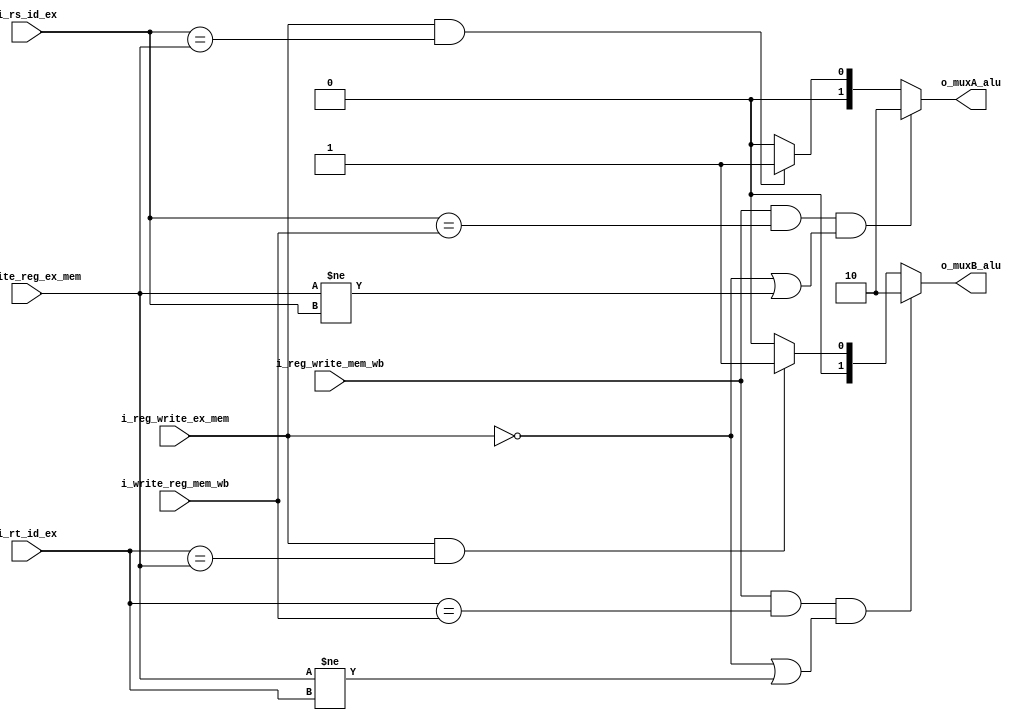
`timescale 1ns / 1ps
//////////////////////////////////////////////////////////////////////////////////
// Company: 
// Engineer: 
// 
// Design Name: 
// Module Name: unidad_cortocircuito
// Project Name: 
// Target Devices: 
// Tool Versions: 
// Description: 
// 
// Dependencies: 
// 
// Revision:
// Revision 0.01 - File Created
// Additional Comments:
// 
//////////////////////////////////////////////////////////////////////////////////


module unidad_cortocircuito
#(
    parameter LEN = 32,
    parameter NB_ADDRESS_REGISTROS=5  
)
(
    input [NB_ADDRESS_REGISTROS-1:0] i_rs_id_ex,
    input [NB_ADDRESS_REGISTROS-1:0] i_rt_id_ex,
    input [NB_ADDRESS_REGISTROS-1:0] i_write_reg_ex_mem,
    input [NB_ADDRESS_REGISTROS-1:0] i_write_reg_mem_wb, 
    input i_reg_write_ex_mem,
    input i_reg_write_mem_wb,
    output reg [1:0] o_muxA_alu,
    output reg [1:0] o_muxB_alu
);

    always @(*)
    begin
        if((i_reg_write_mem_wb==1'b1) & (i_rs_id_ex==i_write_reg_mem_wb) & (i_reg_write_ex_mem==1'b0 | i_write_reg_ex_mem!=i_rs_id_ex))
            o_muxA_alu = 2'b10;
        else if(i_reg_write_ex_mem==1'b1 & (i_rs_id_ex==i_write_reg_ex_mem))
            o_muxA_alu = 2'b01;
        else
            o_muxA_alu = 2'b00;
            
        if((i_reg_write_mem_wb==1'b1) & (i_rt_id_ex==i_write_reg_mem_wb) & (i_reg_write_ex_mem==1'b0 | i_write_reg_ex_mem!=i_rt_id_ex))
            o_muxB_alu = 2'b10;
        else if(i_reg_write_ex_mem==1'b1 & (i_rt_id_ex==i_write_reg_ex_mem))
            o_muxB_alu = 2'b01;
        else
            o_muxB_alu = 2'b00;
    end

endmodule